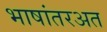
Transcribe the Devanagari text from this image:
भाषांतरअत